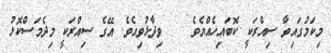
މިކަމުގައިވާ ސިއްރަކީ ކޮބައިހެއްޔެވެ    ވިދާޅުވިއެވެ. އޭގެ ސިއްރަކީ މިދެމަސްކޮޅު